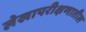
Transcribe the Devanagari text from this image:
लेखापरीक्षणातील